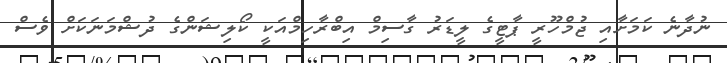
ނުދާނެ ކަމަށާއި ޖުމްހޫރީ ޕާޓީގެ ލީޑަރު ގާސިމް އިބްރާހިމްއަކީ ކޯލިޝަންގެ ދުޝްމަނަކަށް ވެސް